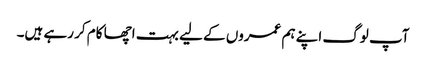
آپ لوگ اپنے ہم عمروں کے لیے بہت اچھا کام کر رہے ہیں۔